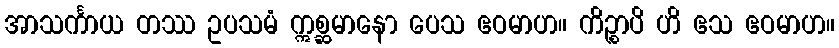
အာသင်္ကာယ တဿ ဥပသမံ ဣစ္ဆမာနော ပေသ ဧဝမာဟ။ ကိဉ္စာပိ ဟိ ဧသ ဧဝမာဟ။